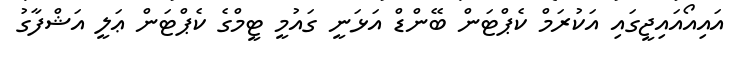
އައިއޯއައިޖީގައި އަކުރަމް ކެޕްޓަން ބޭންޑް އަޅަނީ ގައުމީ ޓީމްގެ ކެޕްޓަން ޢަލީ އަޝްފާގު